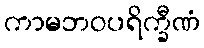
ကာမဘဝပရိက္ခီဏံ